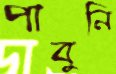
পাবুনি